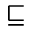
\sqsubseteq